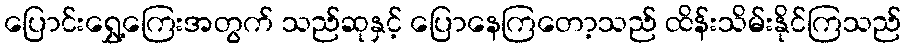
ပြောင်းရွှေ့ကြေးအတွက် သည်ဆုနှင့် ပြောနေကြတော့သည် ထိန်းသိမ်းနိုင်ကြသည်